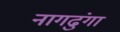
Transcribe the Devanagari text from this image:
नागढुंगा